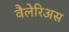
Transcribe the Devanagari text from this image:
वैलेरिअस